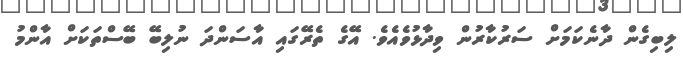
ލިބިގެން ދާނެކަމަށް ސަރުކާރުން ވިދާޅުވެއެވެ. އޭގެ ތެރޭގައި އާސަންދަ ނުލިބޭ ބޭސްތަކަށް އާންމު